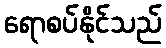
ရောစပ်နိုင်သည်